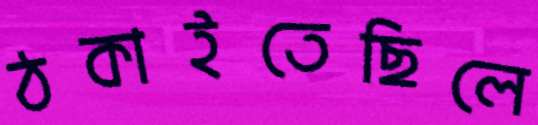
ঠকাইতেছিলে